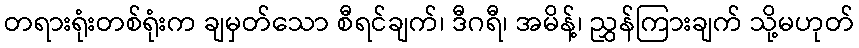
တရားရုံးတစ်ရုံးက ချမှတ်သော စီရင်ချက်၊ ဒီဂရီ၊ အမိန့်၊ ညွှန်ကြားချက် သို့မဟုတ်